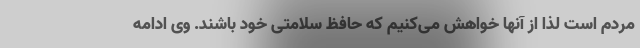
مردم است لذا از آنها خواهش می‌کنیم که حافظ سلامتی خود باشند. وی ادامه